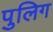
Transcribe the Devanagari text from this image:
पुलिग